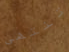
تنتهى